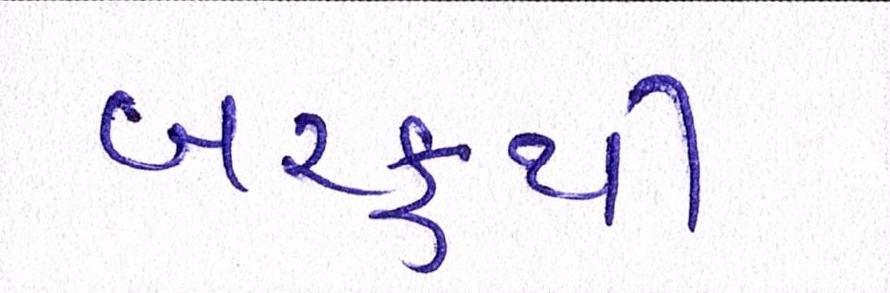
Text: બરફથી